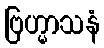
ဗြဟ္မာသနံ